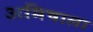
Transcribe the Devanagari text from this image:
अमिषाला